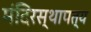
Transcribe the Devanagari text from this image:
मंदिरस्थापत्य